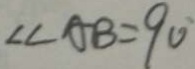
\angle C A B = 9 0 ^ { \circ }